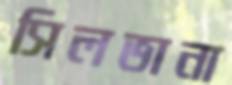
সিলভানা